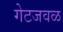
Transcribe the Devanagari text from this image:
गेटजवळ